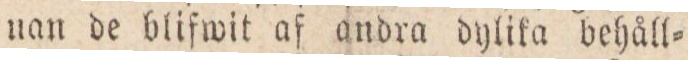
uan de blifwit af andra dylika behåll=